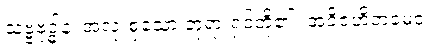
သဗ္ဗဗုဒ္ဓါနံ၊ အလုံးစုံသော ဘုရားရှင်တို့၏။ အဝိဇဟိတမေဝ၊